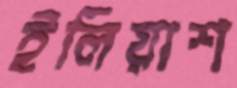
ইলিয়াশ